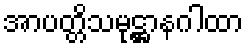
အာပတ္တိသမုဋ္ဌာနဂါထာ